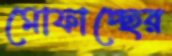
মোফাচ্ছের